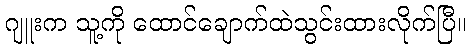
ဂျူးက သူ့ကို ထောင်ချောက်ထဲသွင်းထားလိုက်ပြီ။